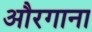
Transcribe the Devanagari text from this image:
औरगाना